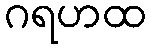
ဂရဟထ